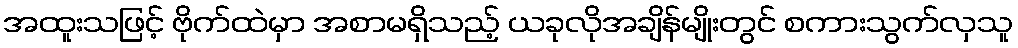
အထူးသဖြင့် ဗိုက်ထဲမှာ အစာမရှိသည့် ယခုလိုအချိန်မျိုးတွင် စကားသွက်လှသူ